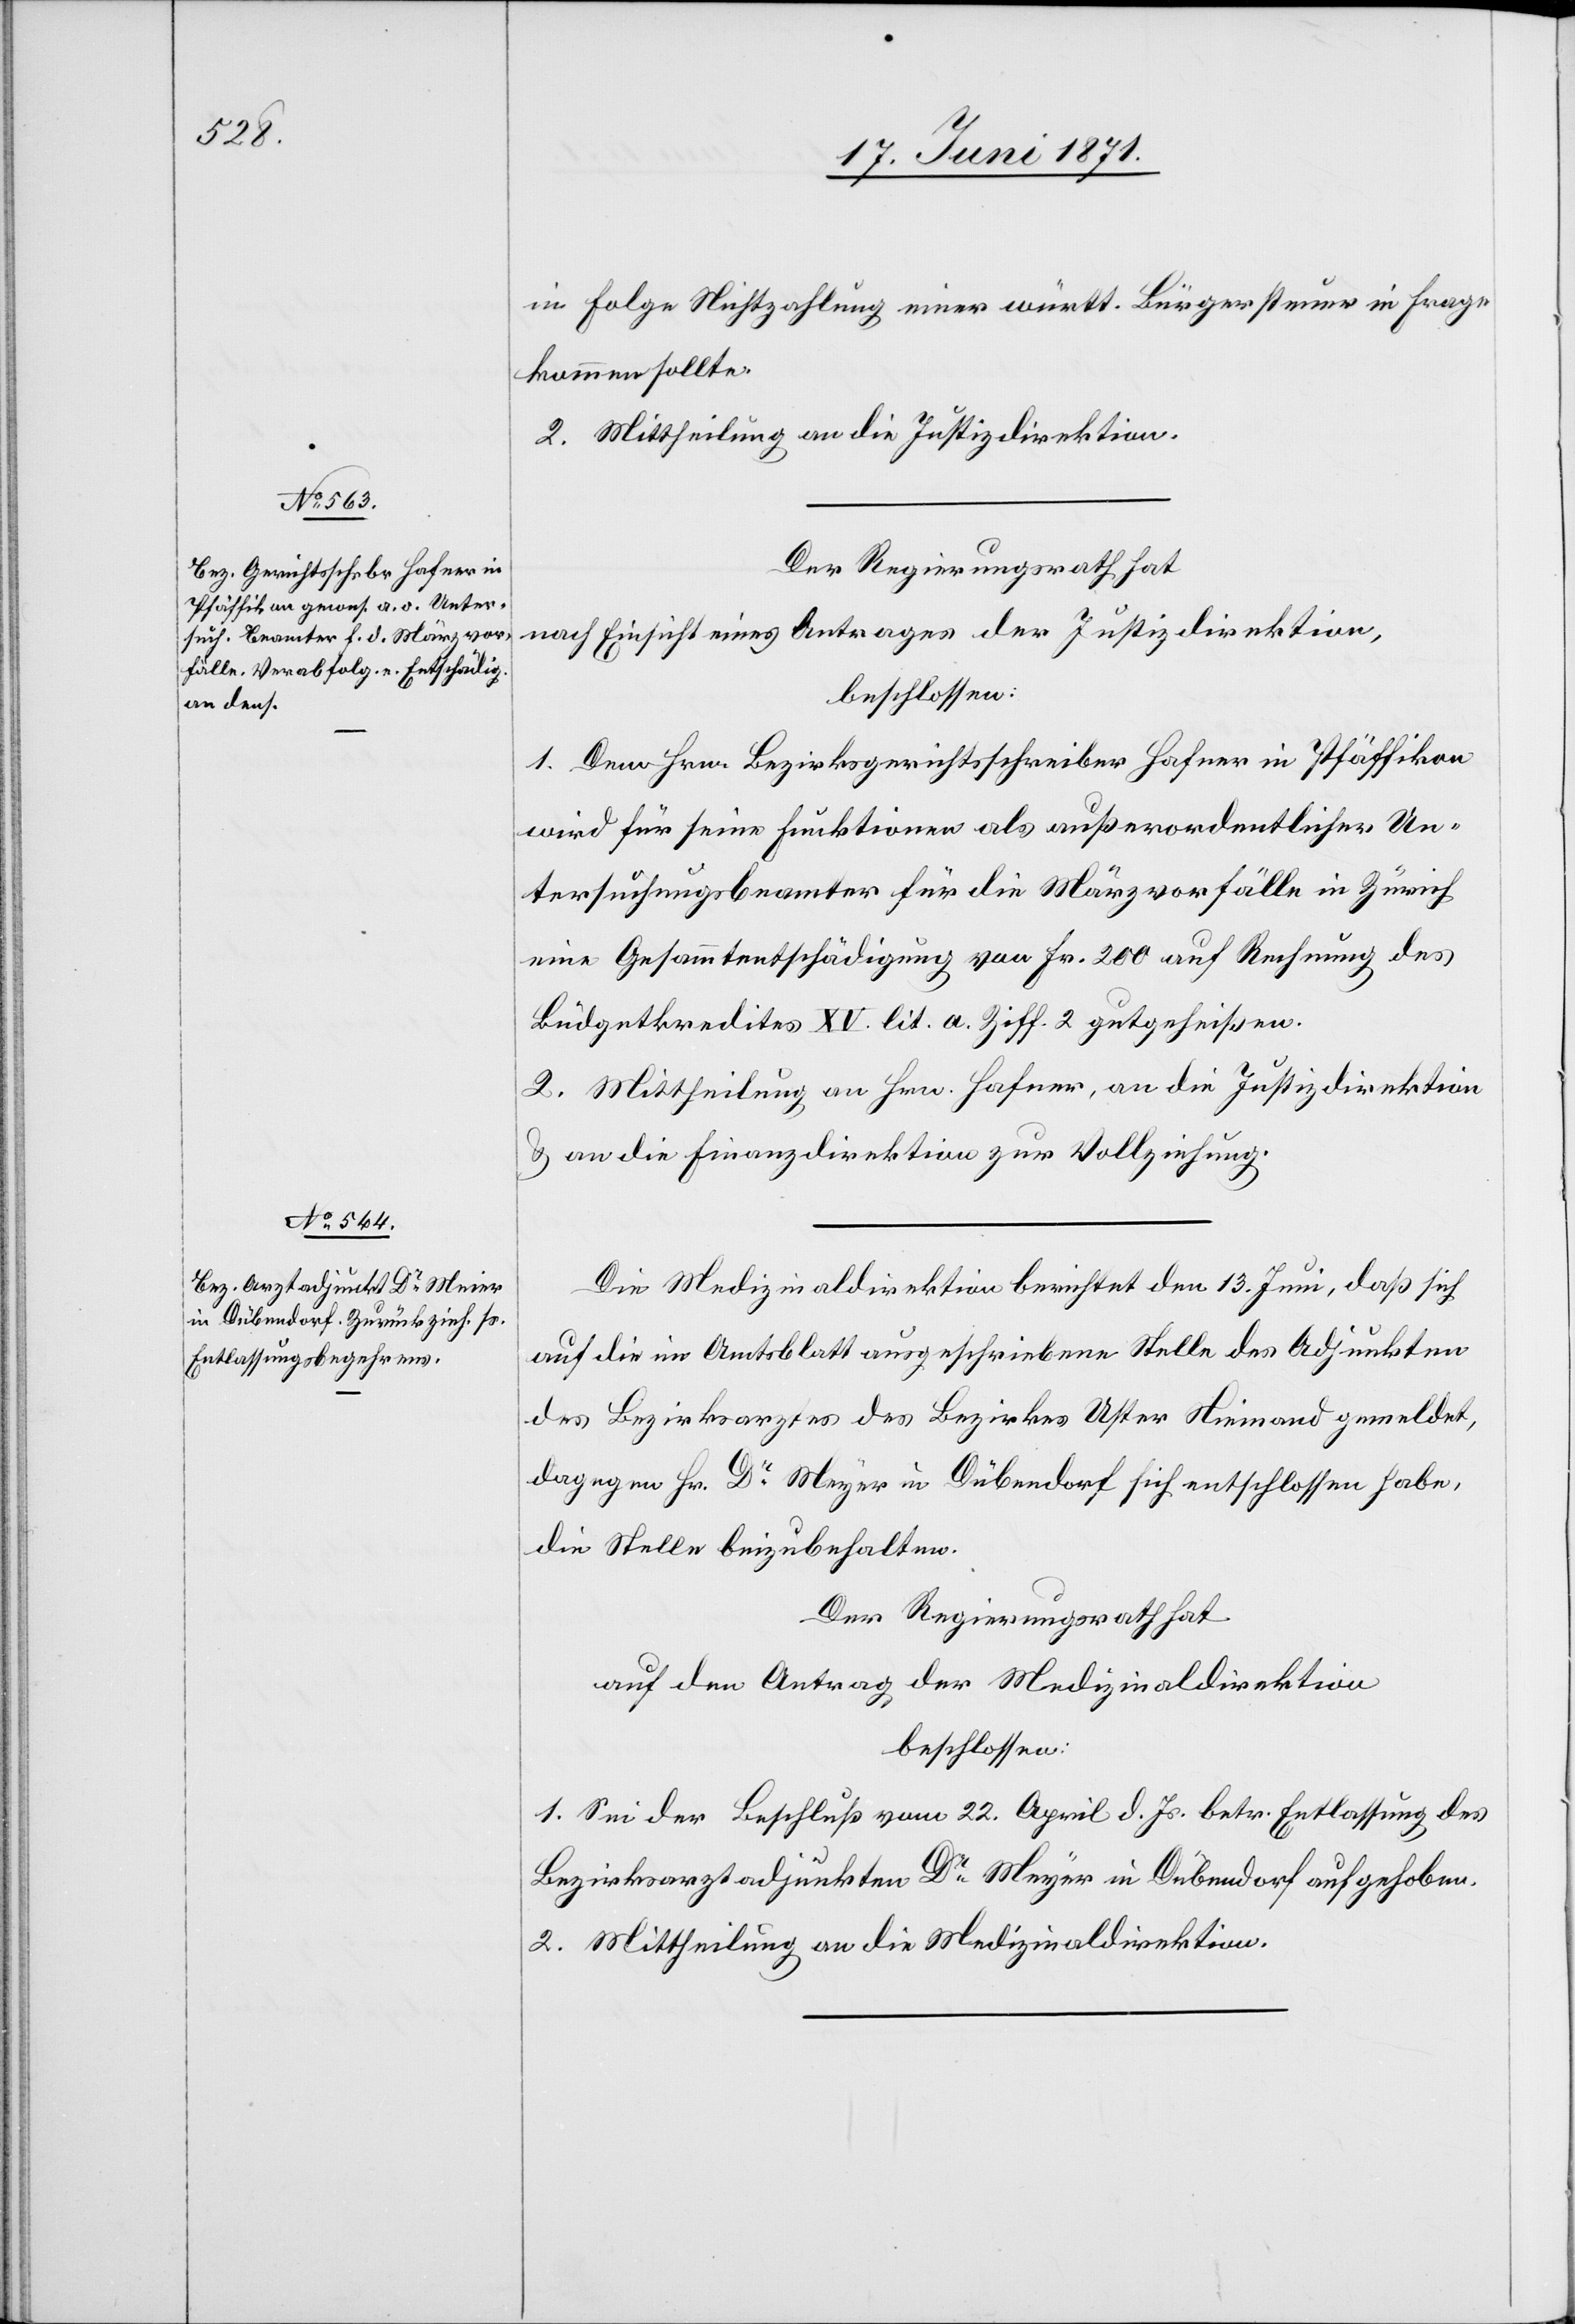
in Folge Nichtzahlung einer württ. Bürgersteuer in Frage
kommen sollte.
2. Mittheilung an die Justizdirektion.
Der Regierungsrath hat
nach Einsicht eines Antrages der Justizdirektion,
beschlossen:
1. Dem Hrn. Bezirksgerichtsschreiber Hafner in Pfäffikon
wird für seine Funktionen als außerordentlicher Un¬
tersuchungsbeamter für die Märzvorfälle in Zürich
eine Gesammtentschädigung von Fr. 200 auf Rechnung des
Büdgetkredites XV. lit. a Ziff. 2 gutgeheißen.
2. Mittheilung an Hrn. Hafner, an die Justizdirektion
u. an die Finanzdirektion zur Vollziehung.
Die Medizinaldirektion berichtet den 13. Juni, daß sich
auf die im Amtsblatt ausgeschriebene Stelle des Adjunkten
des Bezirksarztes des Bezirkes Uster Niemand gemeldet,
dagegen Hr. Dr. Meyer [sic!] in Dübendorf sich entschlossen habe,
die Stelle beizubehalten.
Der Regierungsrath hat
auf den Antrag der Medizinaldirektion
beschlossen:
1. Sei der Beschluß vom 22. April d. Js. betr. Entlassung des
Bezirksarztadjunkten Dr. Meyer in Dübendorf aufgehoben.
2. Mittheilung an die Medizinaldirektion.